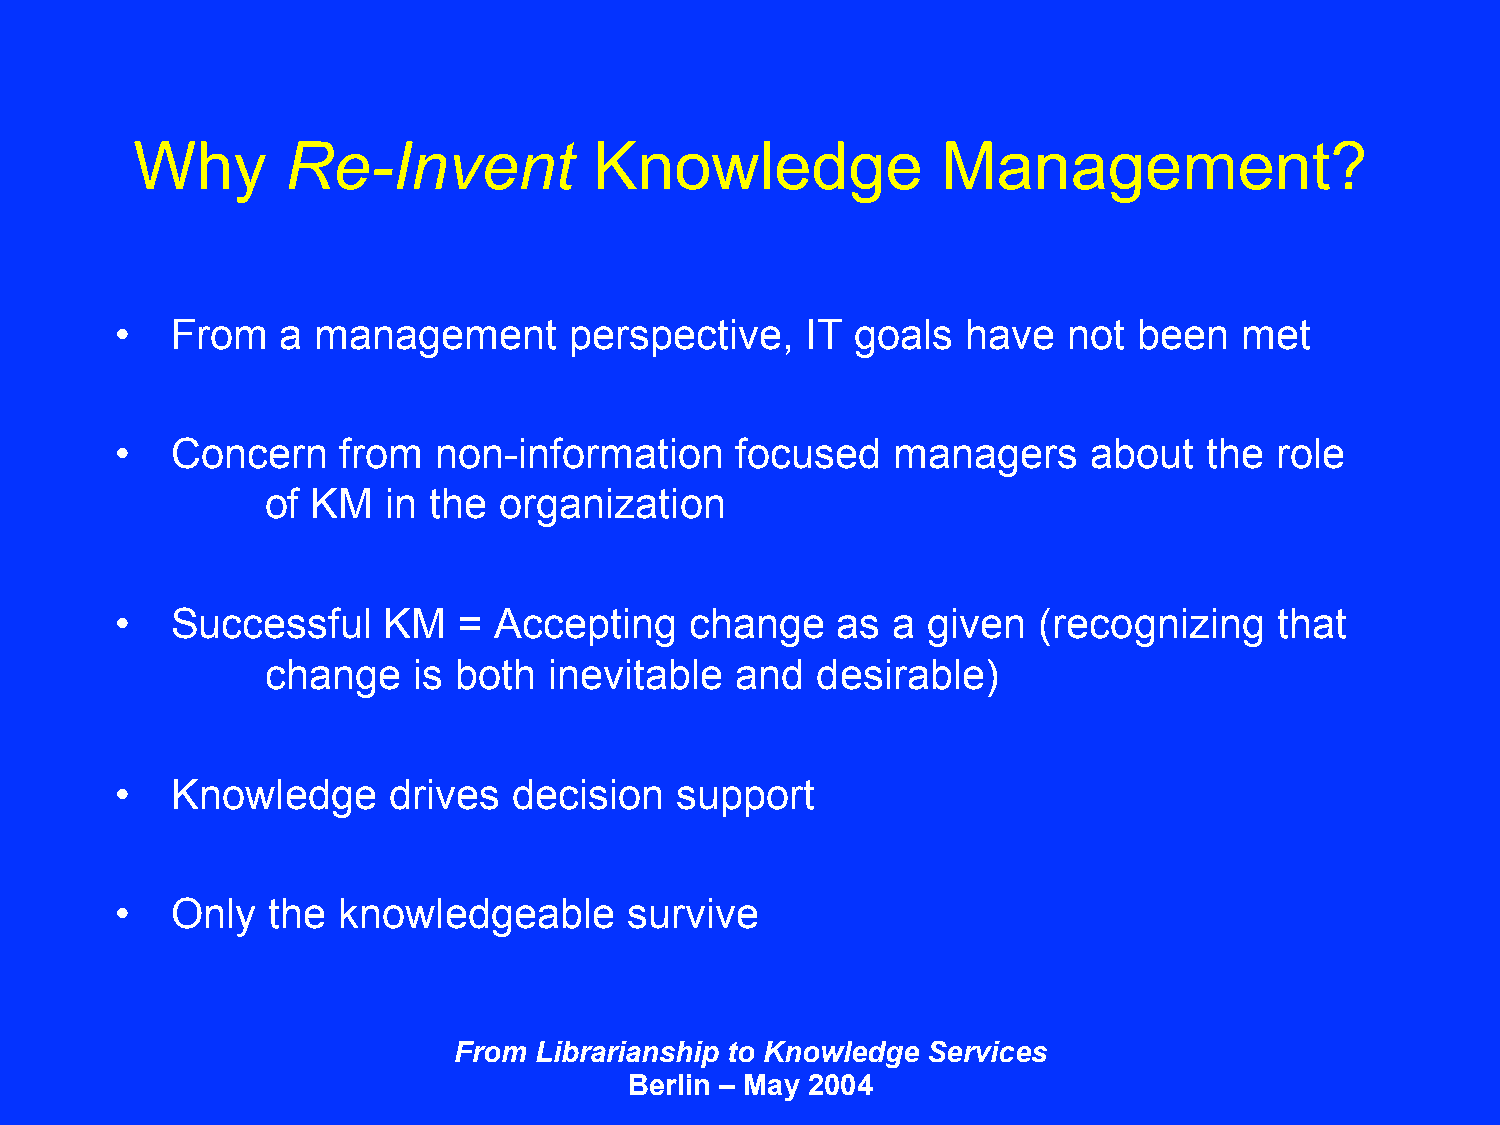
Why       Re-Invent           Knowledge              Management?
 •  From    a management       perspective,   IT  goals  have   not been   met
 •  Concern     from  non-information     focused   managers     about   the role
 of KM   in the organization
 •  Successful    KM   =  Accepting    change   as  a given   (recognizing    that
 change   is both  inevitable   and  desirable)
 •  Knowledge      drives  decision   support
 •  Only   the knowledgeable       survive
 From Librarianship to Knowledge Services
 Berlin – May 2004